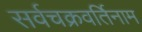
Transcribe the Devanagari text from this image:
सर्वचक्रवर्तिनाम